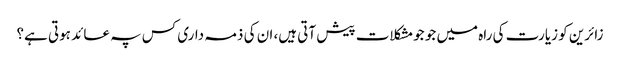
زائرین کو زیارت کی راہ میں جو جومشکلات پیش آتی ہیں، ان کی ذمہ داری کس پہ عائد ہوتی ہے؟